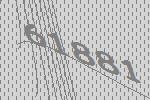
61881